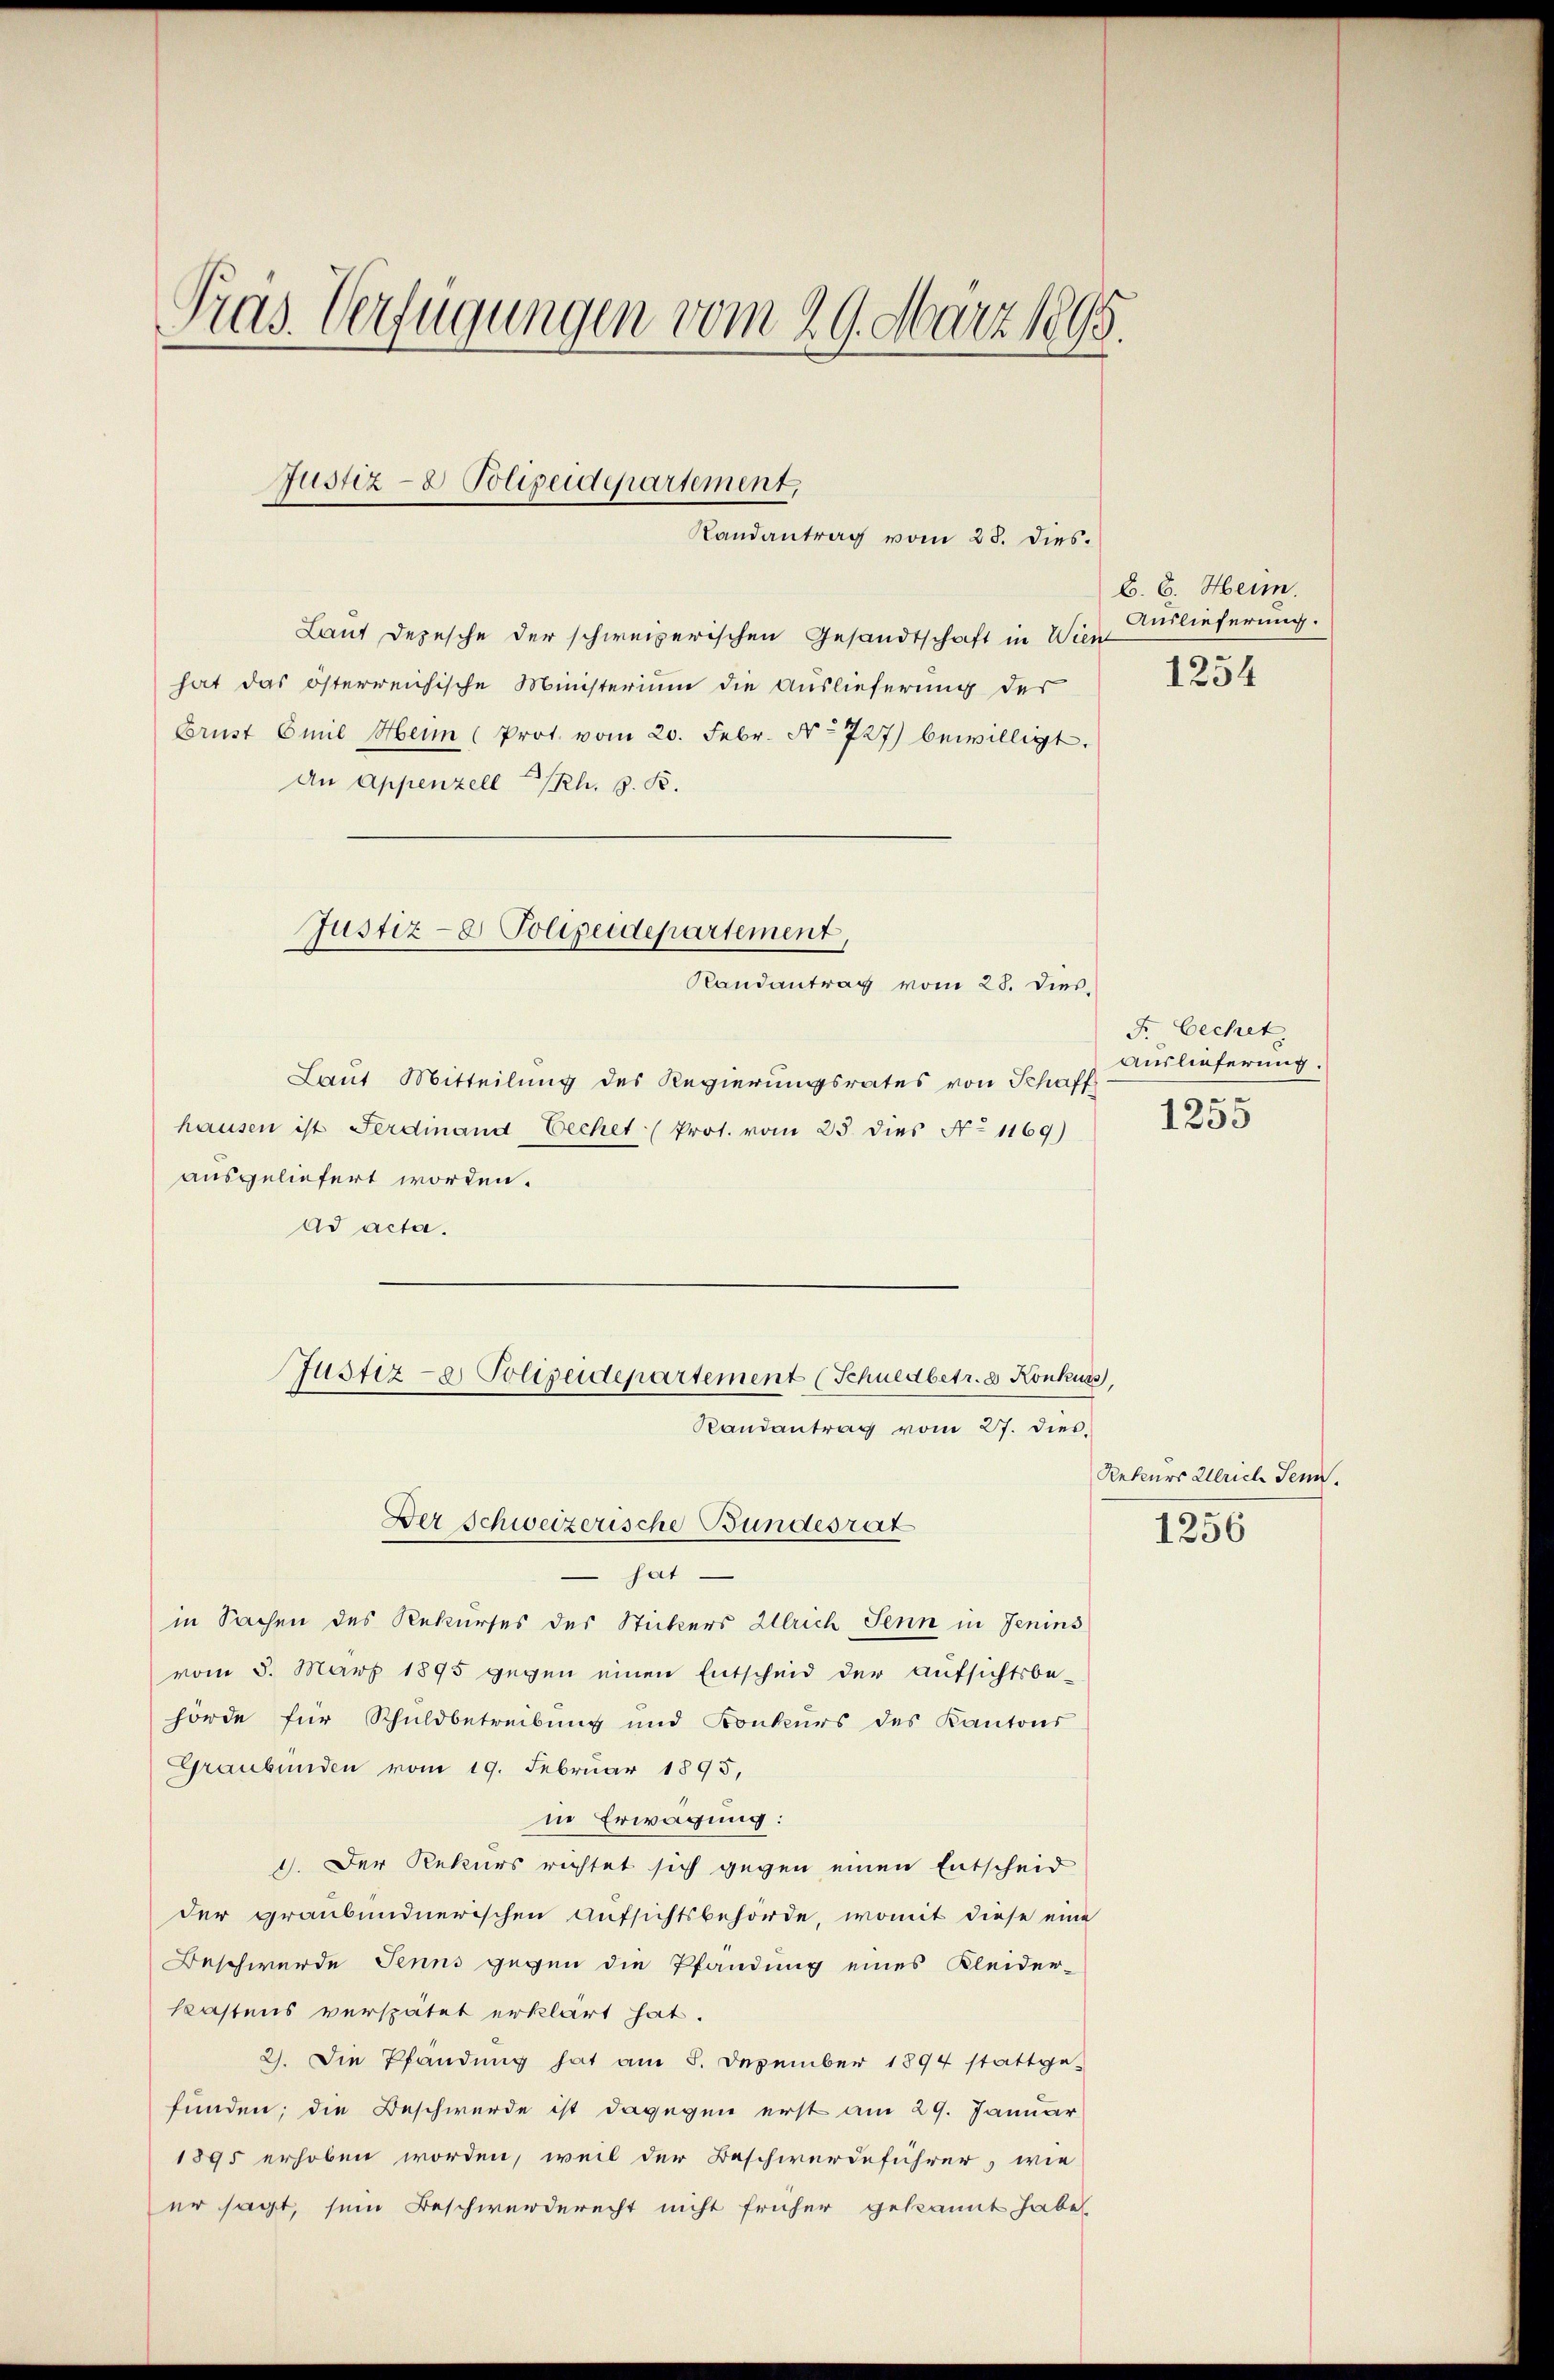
Laut Depesche der schweizerischen Gesandtschaft in Wien
hat das österreichische Ministerium die Auslieferung der
Brust Emil Heim (Prot. vom 20. Febr. No 727) bewilligt.
An Appenzell I/Rh. z. B.

Pras. Verfügungen vom 29. März 1895.

Justiz- & Polizeidepartement,

Randantrag vom 28. dies.

Justiz- Polizeidepartement,
Randantrag vom 28. Dies

Laut Mitteilung des Regierungsrates von Schaff
hausen ist Ferdinand Vechet (Prot. vom 25 dies No 1169)
ausgeliefert worden.
Ad acta.

hat.
in Sachen des Rekurses des Stickers Ulrich Senn in Jenins
vom 5. März 1895 gegen einen Entscheid der Aŭfsichtsbe-
hörde für Schuldbetreibung und Konkurs des Kantons
Graubünden vom 19. Februar 1895,
in Erwägung:
1). Der Rekurs richtet sich gegen einen Entscheid
der graubündnerischen Aufsichtsbehörde, womit diese eine
Beschwerde Senns gegen die Pfandung eines Kleider-
kastens verspätet erklärt hat.
2). Die Pfändung hat am 8. Dezember 1894 stattge-
funden; die Beschwerde ist dagegen erst am 29. Januar
1895 erhoben worden, weil der Beschwerdeführer, wie
er sagt, sein Beschwerderecht nicht früher gekannt habe,

Justiz- & Polizeidepartement (Schuldbetr. d. Konkurs,
Randantrag vom 27. dies.
Der Schweizerische Bundesrat

B. 6. Heim.
Auslieferung.

1234

F. Bechet,
Auslieferung.
1255

Rekurs Ulrich Senn.

1256